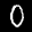
Label: 0